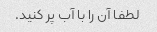
لطفا آن را با آب پر کنید.